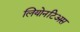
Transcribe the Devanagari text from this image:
लियोनटिअस